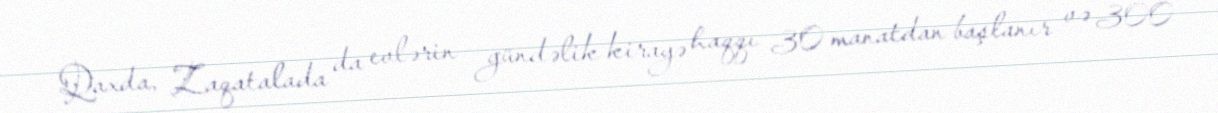
Qaxda, Zaqatalada da evlərin gündəlik kirayə haqqı 30 manatdan başlanır və 300